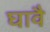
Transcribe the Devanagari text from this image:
घावै